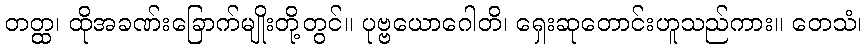
တတ္ထ၊ ထိုအခဏ်းခြောက်မျိုးတို့တွင်။ ပုဗ္ဗယောဂေါတိ၊ ရှေးဆုတောင်းဟူသည်ကား။ တေသံ၊